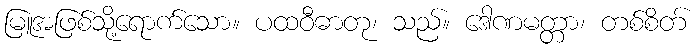
မြူအဖြစ်သို့ရောက်သော။ ပထဝီဓာတု၊ သည်။ ဒေါဏမတ္တာ၊ တစ်စိတ်